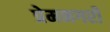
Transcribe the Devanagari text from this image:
प्रेमनगरी